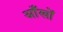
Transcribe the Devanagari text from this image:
अाँखों